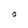
Character: 0